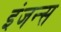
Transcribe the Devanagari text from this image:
इंजन्स